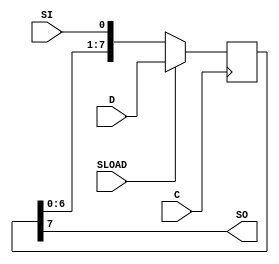
`timescale 1ns / 1ps

module shiftReg_posedgeClk_syncPrallelload_serialIn_serialOut(
    input C,
    input SLOAD,
    input SI,
    input [7:0] D,
    output SO
    );
	 
	 reg [7:0] temp;
	 always @ (posedge C) begin
		if (SLOAD)
			temp <= D;
		else
			temp <= {temp[6:0], SI};
	 end
	 
	 assign SO = temp[7];

endmodule